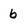
Character: b